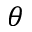
\theta